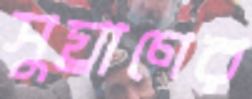
সুঘ্রাণের